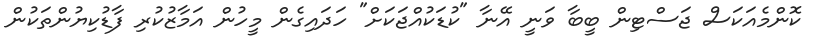
ކޮންމެއަކަސް ޖަސްޓިން ބީބާ ވަނީ އޭނާ "ކުޑަކުއްޖަކަށް" ހަދައިގެން މީހުން އަމާޒުކުރި ފާޑުކިޔުންތަކުން